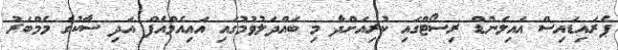
ޕެރައިޑައިސް އައިލެންޑް ރިސޯޓްގައި ކުރިއަށްދާ މި ބައްދަލުވުމުގައި އައިއެމްއެފް އަދި ސާކުގެ މެމްބަރު